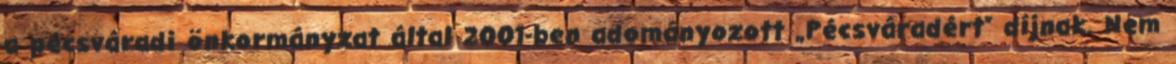
a pécsváradi önkormányzat által 2001-ben adományozott „Pécsváradért” díjnak. Nem